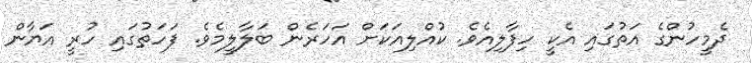
ދެމީހުންގެ އަތުގައި އެކީ ހިފާލިއެވެ. ކުއްލިއަކަށް އަހަރެން ބަލާލީމެވެ. ފަހަތުގައި ހުރީ އަޔާން